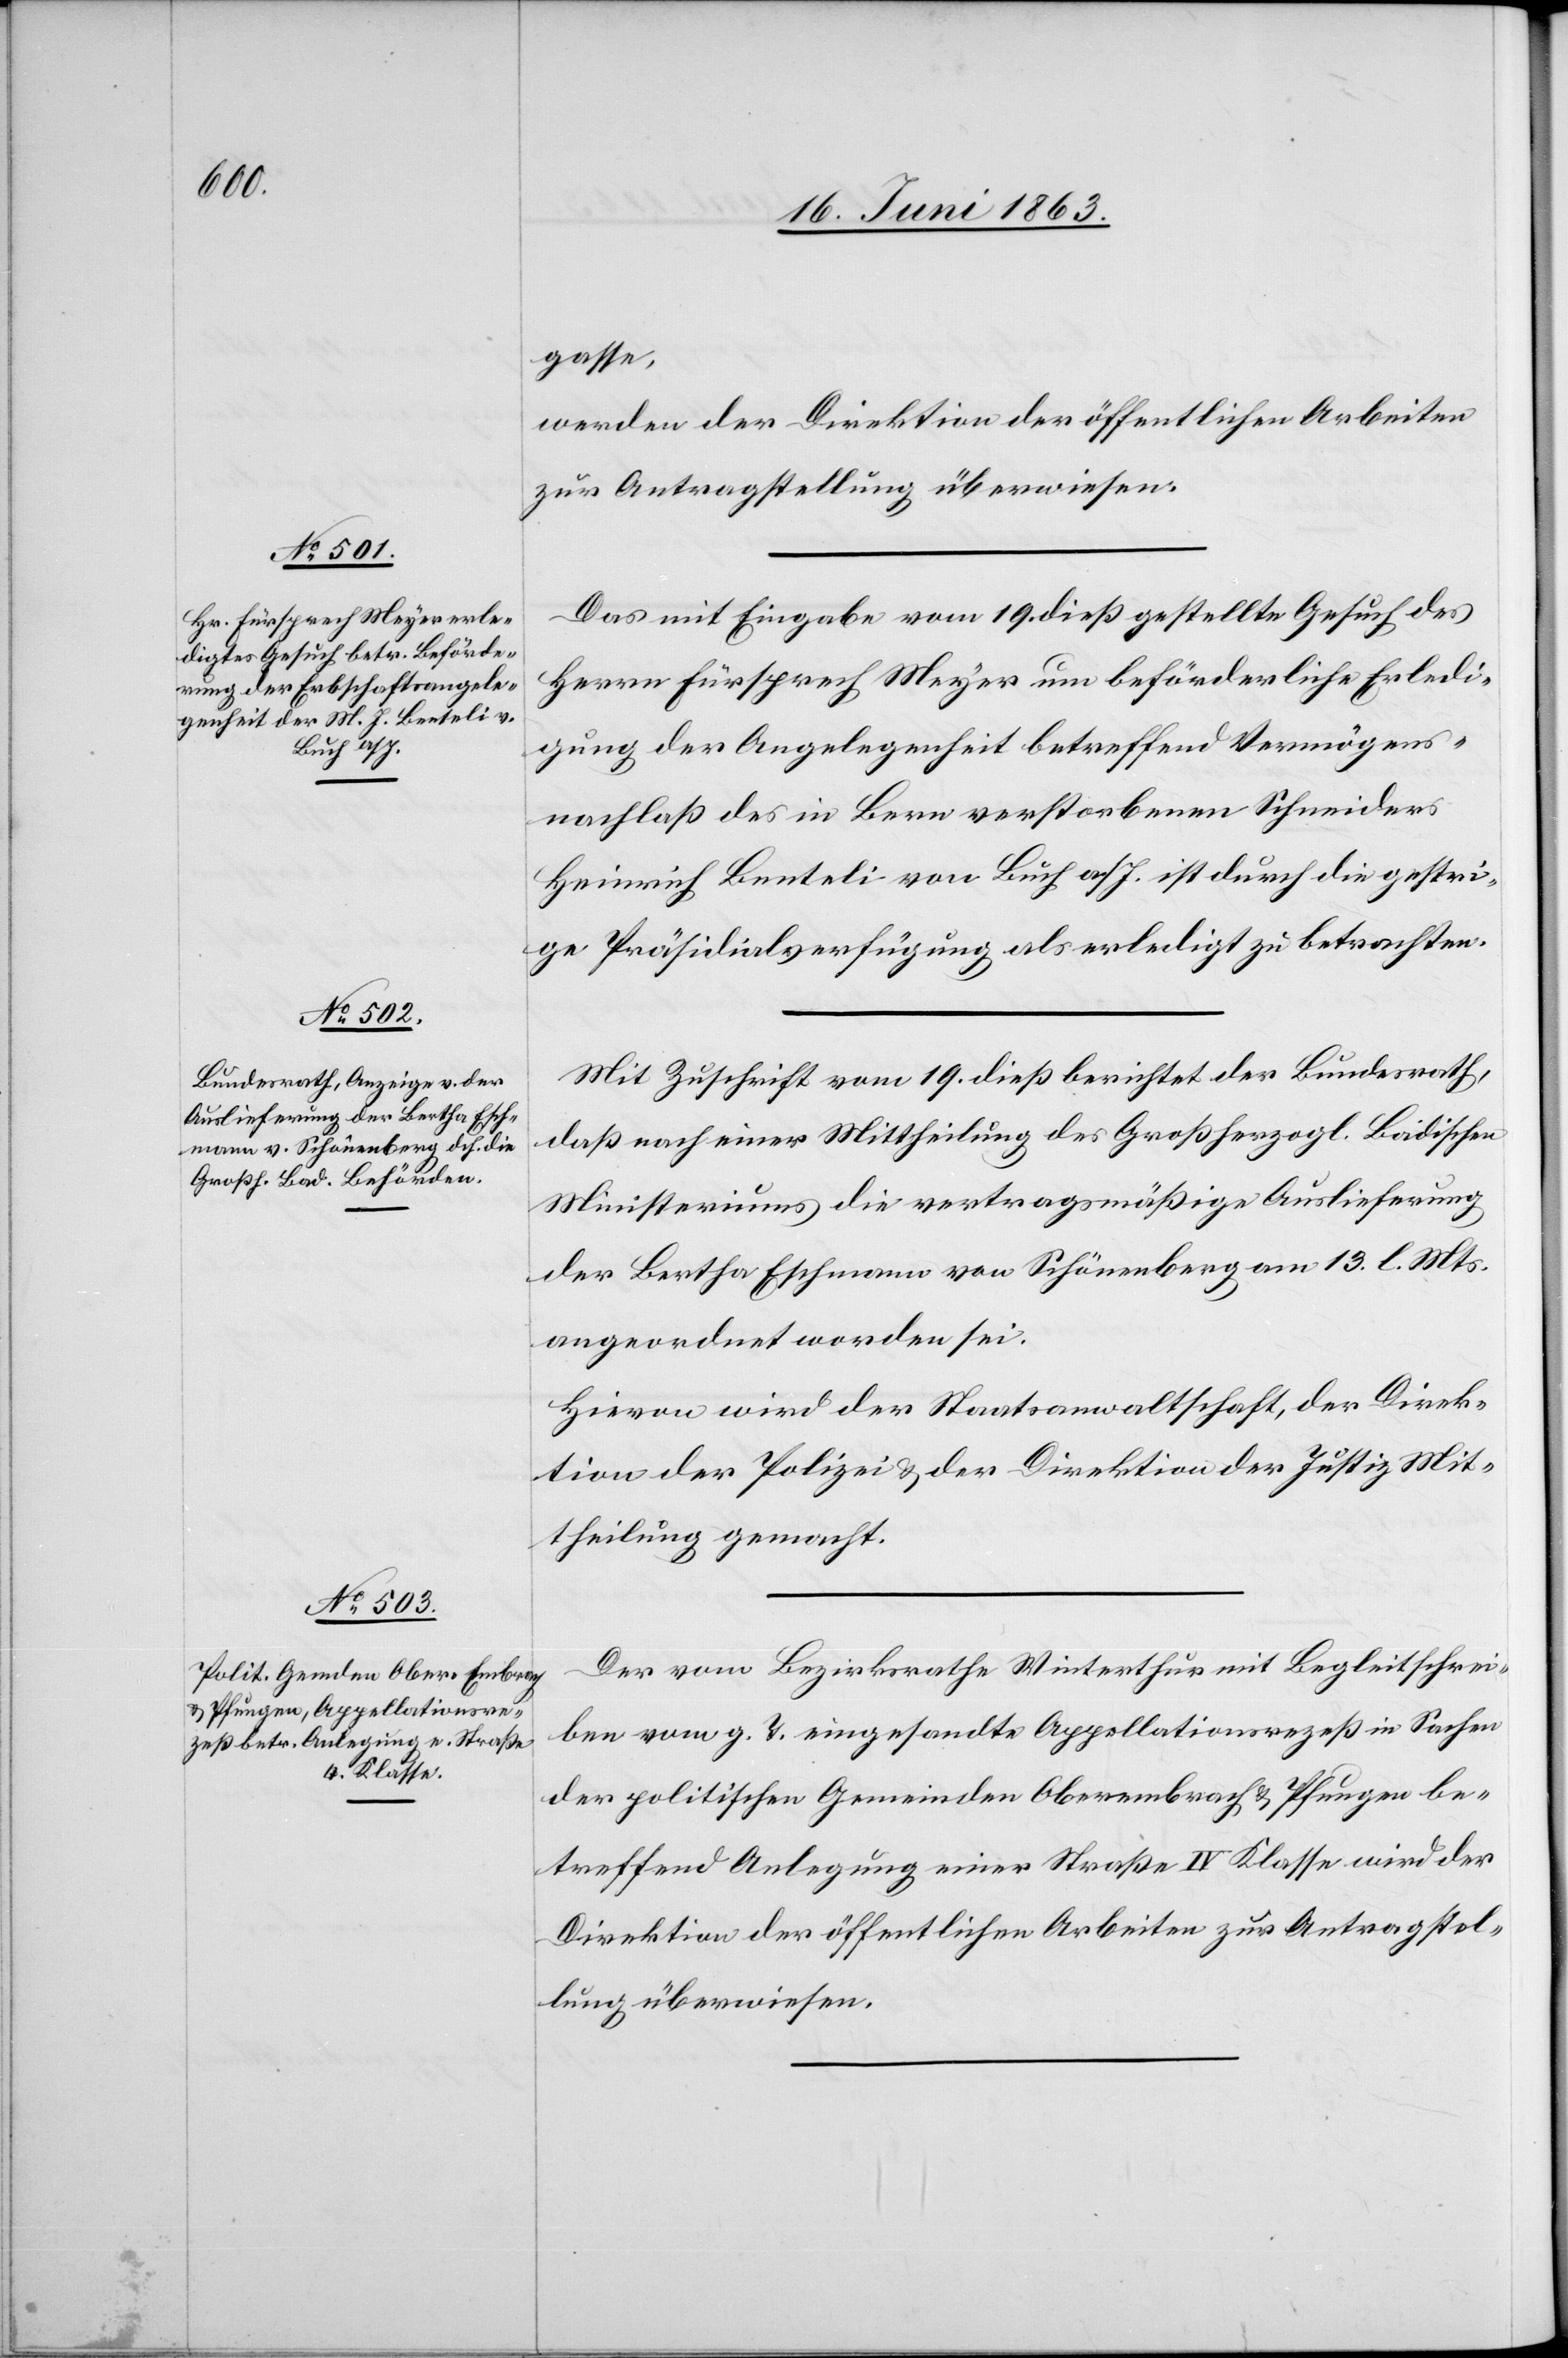
21. Juni 1863.]
gasse,
werden der Direktion der öffentlichen Arbeiten
zur Antragstellung überwiesen.
Das mit Eingabe vom 19. dieß gestellte Gesuch des
Herrn Fürsprech Meyer um beförderliche Erledi¬
gung der Angelegenheit betreffend Vermögens¬
nachlaß des in Bern verstorbenen Schneiders
Heinrich Benteli von Buch a/I. ist durch die gestri¬
ge Präsidialsverfügung als erledigt zu betrachten.
Mit Zuschrift vom 19. dieß berichtet der Bundesrath,
daß nach einer Mittheilung des Großherzogl. Badischen
Ministeriums die vertragsmäßige Auslieferung
der Bertha Eschmann von Schönenberg am 13. l. Mts.
angeordnet worden sei.
Hievon wird der Staatsanwaltschaft, der Direk¬
tion der Polizei & der Direktion der Justiz Mit¬
theilung gemacht.
Der vom Bezirksrathe Winterthur mit Begleitschrei¬
ben vom g. T. eingesandte Appellationsrezeß in Sachen
der politischen Gemeinden Oberembrach & Pfungen be¬
treffend Anlegung einer Straße IV Klasse wird der
Direktion der öffentlichen Arbeiten zur Antragstel¬
lung überwiesen.